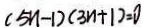
( 5 n - 1 ) ( 3 n + 1 ) = 0